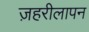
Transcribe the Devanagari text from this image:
ज़हरीलापन